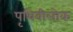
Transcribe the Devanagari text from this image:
पृथिवीलोक